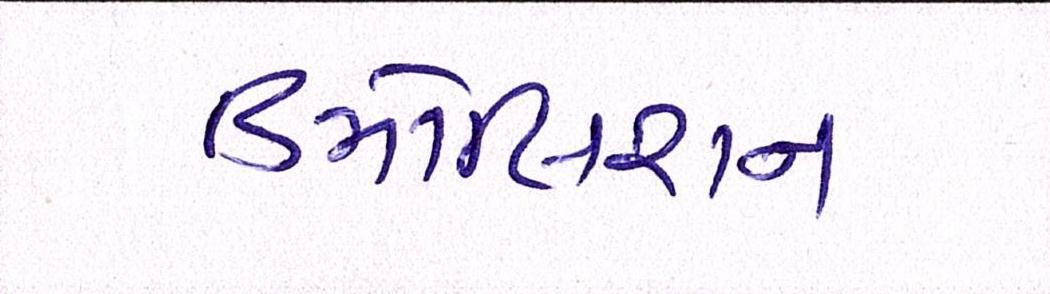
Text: ડિમોલિશન